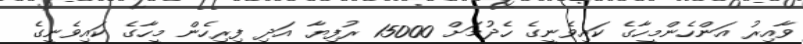
ވާއިރު އަންހެންމީހާގެ ކައިވެނީގެ ހެދުމަށް 15000 ރުފިޔާ އަދި ފިރިހެން މީހާގެ ކައިވެނީގެ